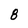
Character: 8